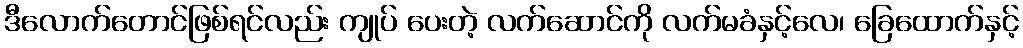
ဒီလောက်တောင်ဖြစ်ရင်လည်း ကျုပ် ပေးတဲ့ လက်ဆောင်ကို လက်မခံနှင့်လေ၊ ခြေထောက်နှင့်